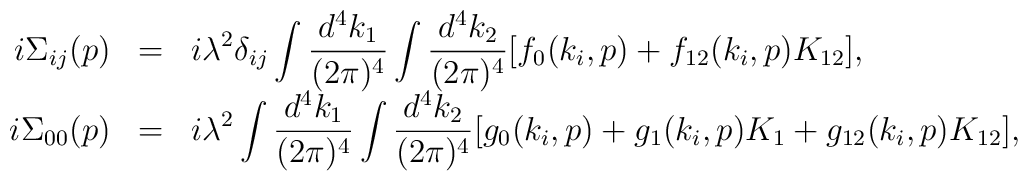
\begin{array}{rcl}i\Sigma_{ij}(p)&=&\displaystyle i\lambda^2\delta_{ij}\int\frac{d^4k_1}{(2\pi)^4}\int\frac{d^4k_2}{(2\pi)^4}[f_0(k_i,p)+f_{12}(k_i,p)K_{12}],\\i\Sigma_{00}(p)&=&\displaystyle i\lambda^2\int\frac{d^4k_1}{(2\pi)^4}\int\frac{d^4k_2}{(2\pi)^4}[g_0(k_i,p)+g_1(k_i,p)K_1+g_{12}(k_i,p)K_{12}], \end{array}